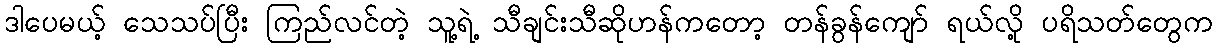
ဒါပေမယ့် သေသပ်ပြီး ကြည်လင်တဲ့ သူ့ရဲ့ သီချင်းသီဆိုဟန်ကတော့ တန်ခွန်ကျော် ရယ်လို့ ပရိသတ်တွေက